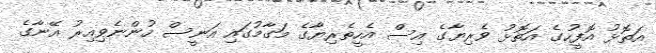
އަތޮޅު އޮފީހުގެ އަތޮޅު ވެރިޔާގެ އިސް އެހީތެރިޔާގެ މަގާމުގައި އަނީސް ހުންނެވިއިރު އޭނާގެ